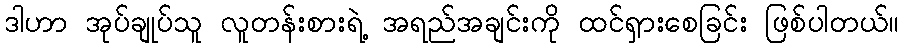
ဒါဟာ အုပ်ချုပ်သူ လူတန်းစားရဲ့ အရည်အချင်းကို ထင်ရှားစေခြင်း ဖြစ်ပါတယ်။